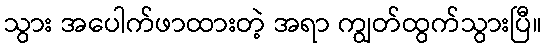
သွား အပေါက်ဖာထားတဲ့ အရာ ကျွတ်ထွက်သွားပြီ။